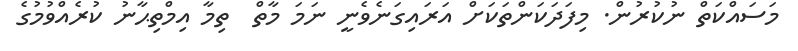
މަސައްކަތް ނުކުރުން. މިފަދަކަންތަކަށް އަރައިގަނެވެނީ ނަމަ މާތް  ތިމާ އިމްތިޙާނު ކުރެއްވުމުގެ